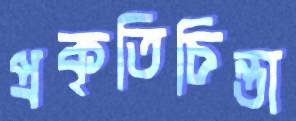
প্রকৃতিচিন্তা